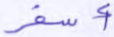
أسفر